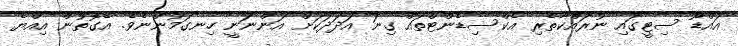
އައްޑޫ ސިޓީގައި ނުރައްކާތެރި އެކްސިޑެންޓްތައް ގިނަ އަދަދަކަށް އަންނަނީ ހިނގަމުންނެވެ. އެގޮތުން އިއްޔެ